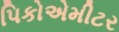
પિકોએમીટર